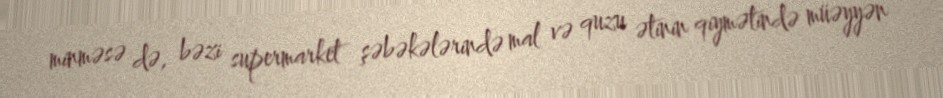
minməsə də, bəzi supermarket şəbəkələrində mal və quzu ətinin qiymətində müəyyən